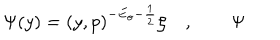
{ \Psi } ( y ) = ( y , p ) ^ { - E _ { o } - \frac 1 2 } \zeta \quad , \qquad { \Psi }